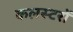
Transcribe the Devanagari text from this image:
कलस्टरों